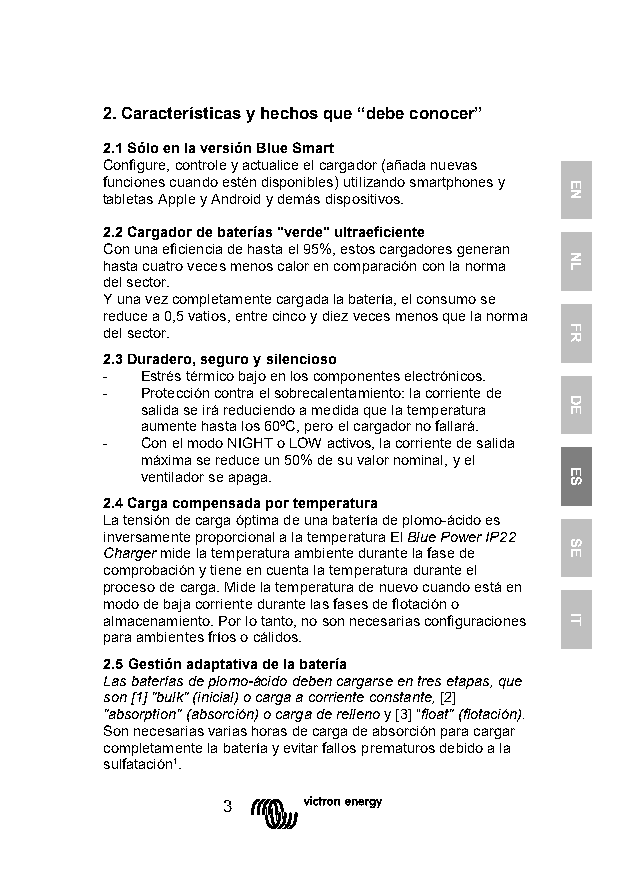
2. Características y hechos que “debe conocer”
 2.1 Sólo en la versión Blue Smart
 Configure, controle y actualice el cargador (añada nuevas
 funciones cuando estén disponibles) utilizando smartphones y
 tabletas Apple y Android y demás dispositivos.
 2.2 Cargador de baterías "verde" ultraeficiente
 Con una eficiencia de hasta el 95%, estos cargadores generan
 hasta cuatro veces menos calor en comparación con la norma
 del sector.
 Y una vez completamente cargada la batería, el consumo se
 reduce a 0,5 vatios, entre cinco y diez veces menos que la norma
 del sector.
 2.3 Duradero, seguro y silencioso
 - Estrés térmico bajo en los componentes electrónicos.
 - Protección contra el sobrecalentamiento: la corriente de
 salida se irá reduciendo a medida que la temperatura
 aumente hasta los 60ºC, pero el cargador no fallará.
 - Con el modo NIGHT o LOW activos, la corriente de salida
 máxima se reduce un 50% de su valor nominal, y el
 ventilador se apaga.
 2.4 Carga compensada por temperatura
 La tensión de carga óptima de una batería de plomo-ácido es
 inversamente proporcional a la temperatura El Blue Power IP22
 Charger mide la temperatura ambiente durante la fase de
 comprobación y tiene en cuenta la temperatura durante el
 proceso de carga. Mide la temperatura de nuevo cuando está en
 modo de baja corriente durante las fases de flotación o
 almacenamiento. Por lo tanto, no son necesarias configuraciones
 para ambientes fríos o cálidos.
 2.5 Gestión adaptativa de la batería
 Las baterías de plomo-ácido deben cargarse en tres etapas, que
 son [1] "bulk" (inicial) o carga a corriente constante, [2]
 "absorption" (absorción) o carga de relleno y [3] "float" (flotación).
 Son necesarias varias horas de carga de absorción para cargar
 completamente la batería y evitar fallos prematuros debido a la
 sulfatación¹.
 3
 EN
 NL
 FR
 DE
 ES
 SE
 IT